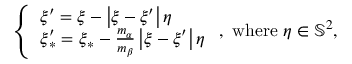
\left\{ \begin{array} { l } { \boldsymbol { \xi } ^ { \prime } = \boldsymbol { \xi } - \left\vert \boldsymbol { \xi } - \boldsymbol { \xi } ^ { \prime } \right\vert \boldsymbol { \eta } } \\ { \boldsymbol { \xi } _ { \ast } ^ { \prime } = \boldsymbol { \xi } _ { \ast } - \frac { m _ { \alpha } } { m _ { \beta } } \left\vert \boldsymbol { \xi } - \boldsymbol { \xi } ^ { \prime } \right\vert \boldsymbol { \eta } } \end{array} \right. \mathrm { , ~ w h e r e ~ } \boldsymbol { \eta } \in \mathbb { S } ^ { 2 } \mathrm { , }